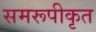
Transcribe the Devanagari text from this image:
समरूपीकृत